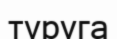
түруга